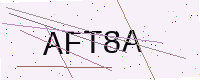
Text: AFT8A